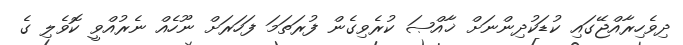
ދިވެހިރާއްޖޭގައި ކުޑަކުދިންނަށް ޚާއްޞަ ކުރެވިގެން ފުރަތަމަ ފަހަރަށް ނޫހެއް ނެރުއްވީ ކޮވެލި ގެ